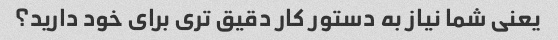
یعنی شما نیاز به دستور کار دقیق تری برای خود دارید؟